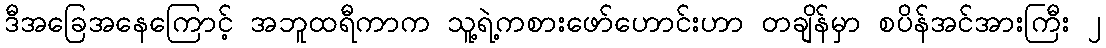
ဒီအခြေအနေကြောင့် အဘူထရီကာက သူ့ရဲ့ကစားဖော်ဟောင်းဟာ တချိန်မှာ စပိန်အင်အားကြီး ၂